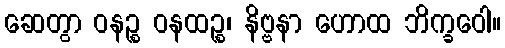
ဆေတွာ ဝနဉ္စ ဝနထဉ္စ၊ နိဗ္ဗနာ ဟောထ ဘိက္ခဝေါ။